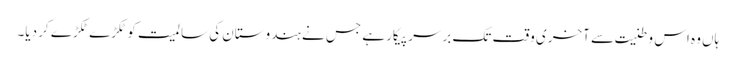
ہاں وہ اس وطنیت سے آخری وقت تک برسر پیکار ہے جس نے ہندوستان کی سالمیت کو ٹکڑے ٹکڑے کر دیا۔